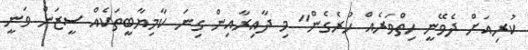
ކުރިއަށް ދެވޭނީ ހިތްވަރެއް ހުރެގެން" މި ދާއިރާއިން ގިނަ ކާމިޔާބީތަކެއް ސީޒަން ވަނީ